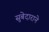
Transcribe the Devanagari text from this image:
सुबेदाराने